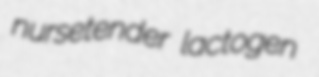
nursetender lactogen